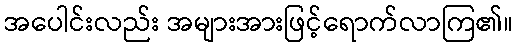
အပေါင်းလည်း အများအားဖြင့်ရောက်လာကြ၏။